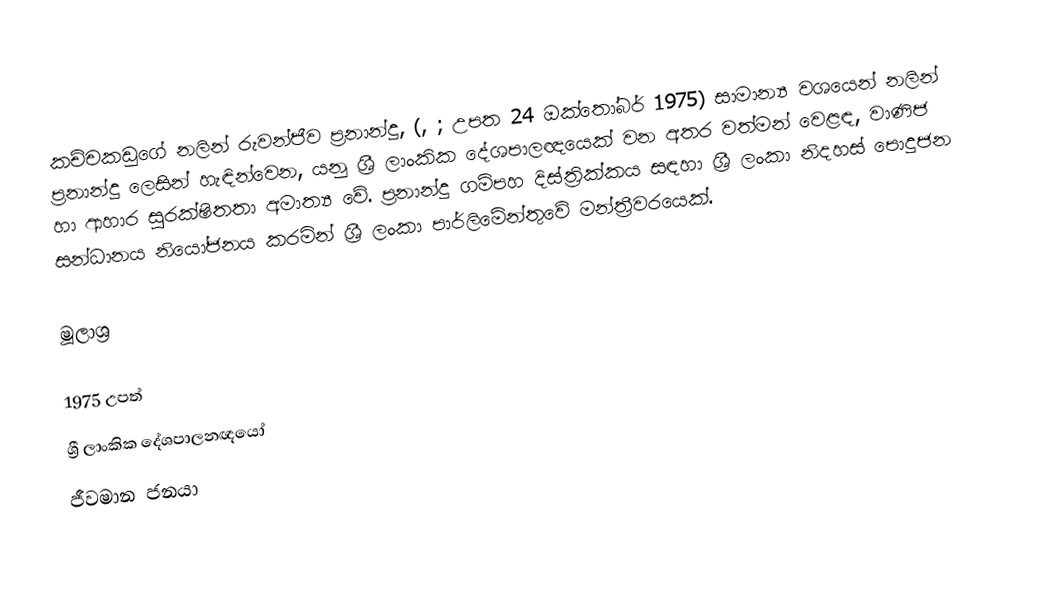
කච්චකඩුගේ නලින් රුවන්ජීව ප්‍රනාන්දු, (, ; උපත 24 ඔක්තෝබර් 1975) සාමාන්‍ය වශයෙන් නලින් ප‍්‍රනාන්දු ලෙසින් හැඳින්වෙන, යනු ශ්‍රී ලාංකික දේශපාලඥයෙක් වන අතර වත්මන් වෙළඳ, වාණිජ හා ආහාර සුරක්ෂිතතා අමාත්‍ය වේ. ප්‍රනාන්දු ගම්පහ දිස්ත්‍රික්කය සඳහා ශ්‍රී ලංකා නිදහස් පොදුජන සන්ධානය නියෝජනය කරමින් ශ්‍රී ලංකා පාර්ලිමේන්තුවේ මන්ත්‍රීවරයෙක්.

මූලාශ්‍ර

1975 උපත්
ශ්‍රී ලාංකික දේශපාලනඥයෝ
ජීවමාන ජනයා